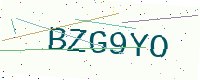
Text: BZG9YO